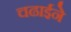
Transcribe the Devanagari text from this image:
चढाईने